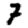
Digit: 7